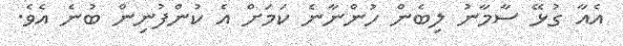
އެއާ ގުޅޭ ސާމާނު ލިބެން ހުންނާނެ ކަމަށް އެ ކުންފުނިން ބުނެ އެވެ.